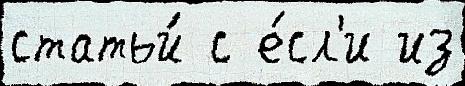
статьи́ с е́сл'и из